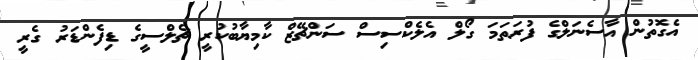
އެގޮތުން އާސެނަލްގެ ފުރަތަމަ ގޯލް އެލެކްސިސް ސަންޗޭޒް ކާމިޔާބުކުރީ ޗެލްސީގެ ޑިފެންޑަރު ގެރީ